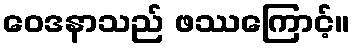
ဝေဒနာသည် ဖဿကြောင့်။